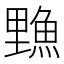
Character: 𫙣